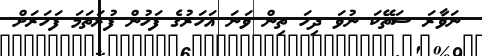
ނަވާރަ ސަތޭކަ ނުވަ ދިހަ ތިން ވަނަ އަހަރުގެ ފަހުން ފުރަތަމަ ފަހަރަށް